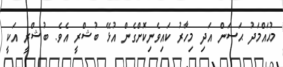
މުޙައްމަދު ޙަސަން އަދި މިހާރު ކައިވެނިކޮށްގެން އުޅޭ ބުޝްރީ އެވެ. ބުޝްރީ އަކީ